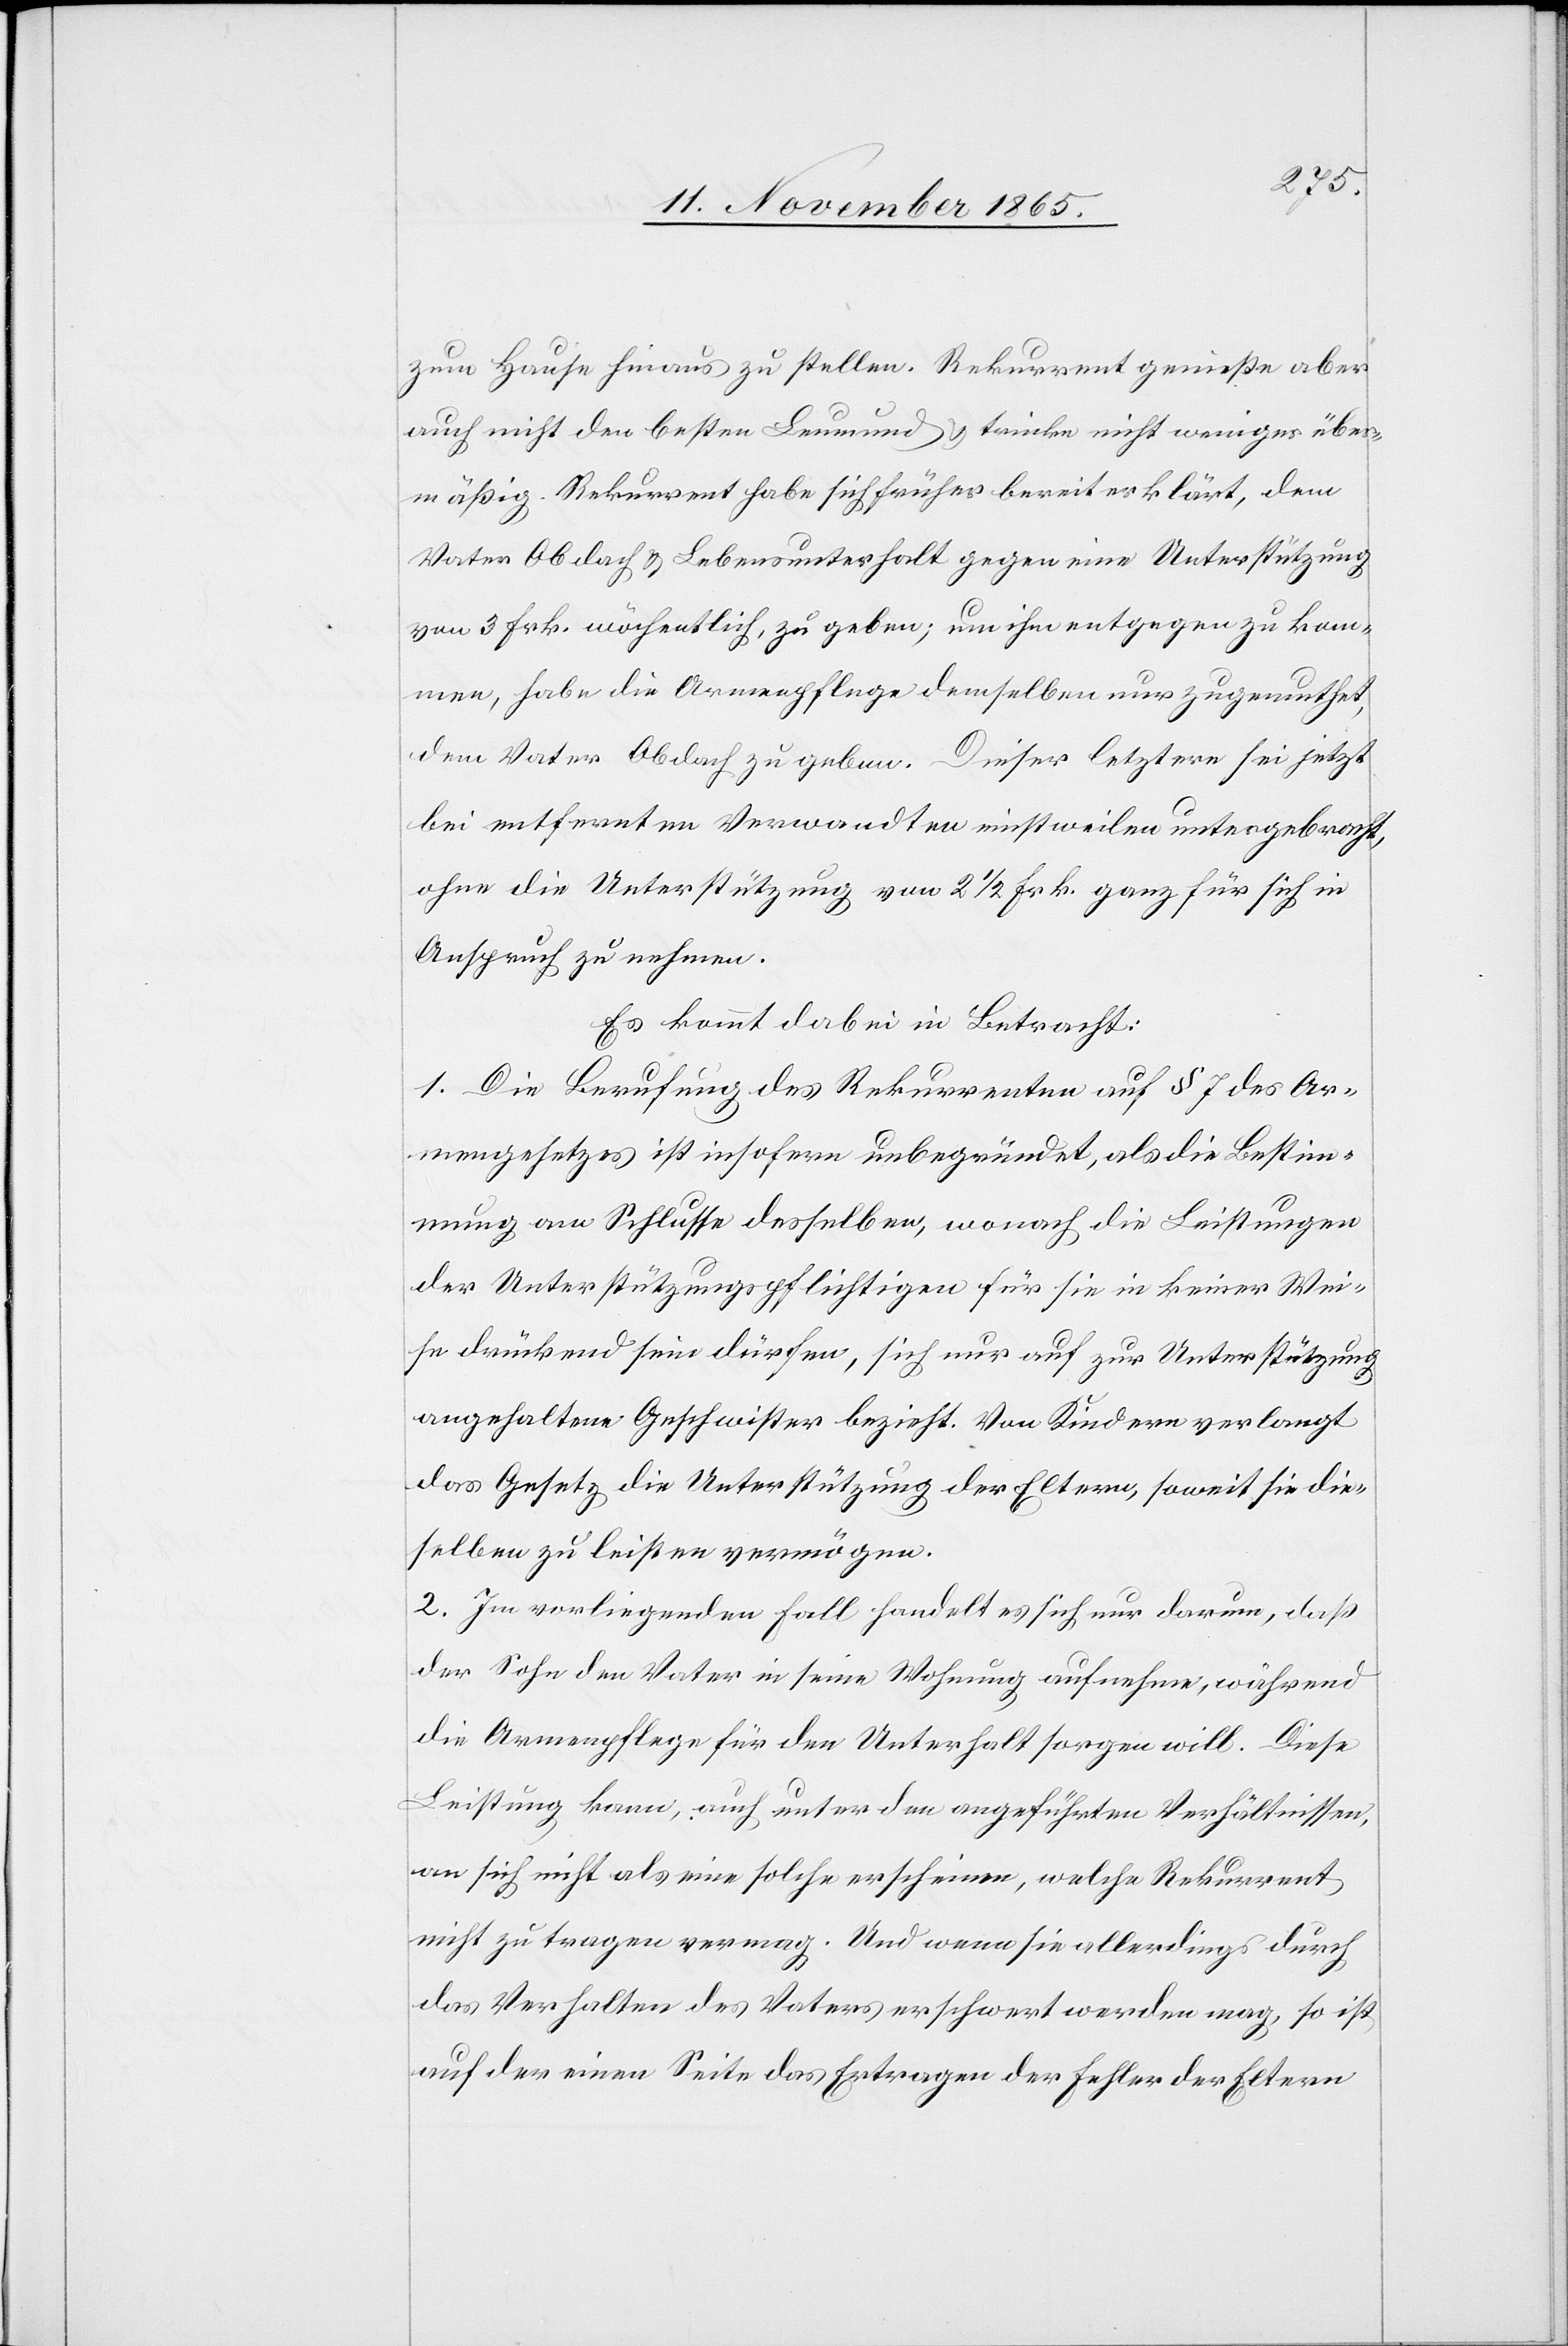
zum Hause hinaus zu stellen. Rekurrent genieße aber
auch nicht den besten Leumund & trinke nicht weniger über¬
mäßig. Rekurrent habe sich früher bereit erklärt, dem
Vater Obdach & Lebensunterhalt gegen eine Unterstützung
von 3 Frk. wöchentlich, zu geben; um ihm entgegen zu kom¬
men, habe die Armenpflege demselben nur zugemuthet,
dem Vater Obdach zu geben. Dieser letztere sei jetzt
bei entfernten Verwandten einstweilen untergebracht,
ohne die Unterstützung von 2 1/2 Frk. ganz für sich in
Anspruch zu nehmen.
Es kommt dabei in Betracht:
1. Die Berufung des Rekurrenten auf § 7 des Ar¬
mengesetzes ist insofern unbegründet, als die Bestim¬
mung am Schlusse desselben, wonach die Leistungen
der Unterstützungspflichtigen für sie in keiner Wei¬
se drückend sein dürfen, sich nur auf zur Unterstützung
angehaltene Geschwister bezieht. Von Kindern verlangt
das Gesetz die Unterstützung der Eltern, soweit sie die¬
selben zu leisten vermögen.
2. Im vorliegenden Fall handelt es sich nur darum, daß
der Sohn den Vater in seine Wohnung aufnehme, während
die Armenpflege für den Unterhalt sorgen will. Diese
Leistung kann, auch unter den angeführten Verhältnissen,
an sich nicht als eine solche erscheinen, welche Rekurrent
nicht zu tragen vermag. Und wenn sie allerdings durch
das Verhalten des Vaters erschwert werden mag, so ist
auf der einen Seite das Ertragen der Fehler der Eltern